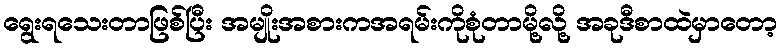
ရွေးရသေးတာဖြစ်ပြီး အမျိုးအစားကအရမ်းကိုစုံတာမို့လို့ အခုဒီစာထဲမှာတော့